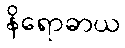
နိရောဓာယ